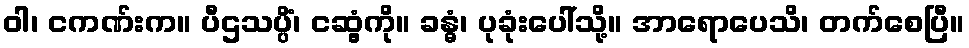
ဝါ၊ ငကဏ်းက။ ပီဌသပ္ပိံ၊ ငဆွံ့ကို။ ခန္ဓံ၊ ပုခုံးပေါ်သို့။ အာရောပေသိ၊ တက်စေပြီ။